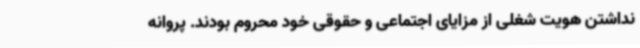
نداشتن هویت شغلی از مزایای اجتماعی و حقوقی خود محروم بودند. پروانه